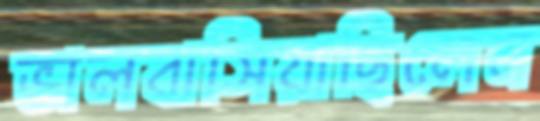
ভালবাসিয়াছিলেন